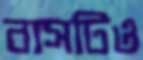
বাসটিও